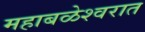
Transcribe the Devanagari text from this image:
महाबळेश्वरात